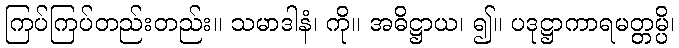
ကြပ်ကြပ်တည်းတည်း။ သမာဒါနံ၊ ကို။ အဓိဋ္ဌာယ၊ ၍။ ပဒုဋ္ဌာကာရမတ္တမ္ပိ၊